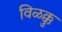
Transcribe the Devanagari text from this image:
विळक्कु